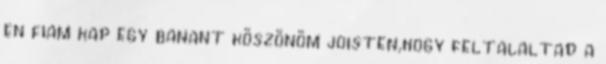
en fiam kap egy banant köszönöm joisten,hogy feltalaltad a